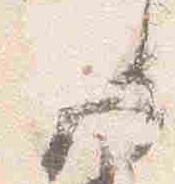
左